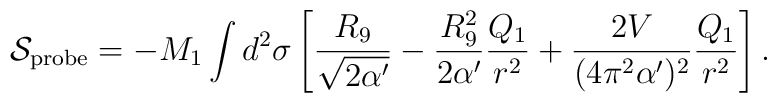
{\cal S}_{\rm probe} = - M_1 \int d^2\sigma\left[\frac{R_9}{\sqrt{2\alpha^\prime}}-\frac{R^2_9}{2\alpha^\prime}\frac{Q_1}{r^2}+\frac{2 V}{(4\pi^2\alpha^\prime)^2} \frac{Q_1}{r^2}\right].